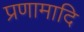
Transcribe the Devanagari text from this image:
प्रणामादि